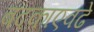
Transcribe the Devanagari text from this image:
बदकाएवढे